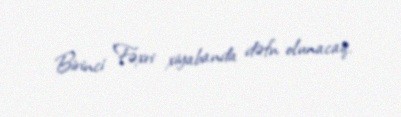
Birinci Fəxri xiyabanda dəfn olunacaq.